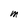
Character: m